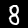
Label: 8